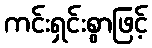
ကင်းရှင်းစွာဖြင့်